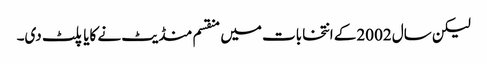
لیکن سال 2002کے انتخابات میں منقسم منڈیٹ نے کایا پلٹ دی۔